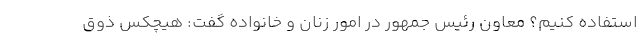
استفاده کنیم؟ معاون رئیس جمهور در امور زنان و خانواده گفت: هیچکس ذوق